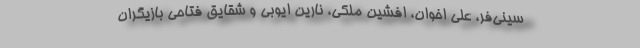
سینی‌فر، علی اخوان، افشین ملکی، نارین ایوبی و شقایق فتاحی بازیگران